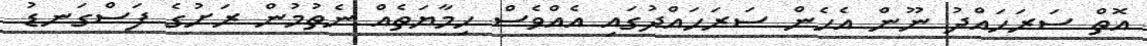
އޮތް ސަރަހައްދު ނޫން އެހެން ސަރަހައްދުގައި އެއްވެސް ހިމާޔަތެއް ނެތުމުން ރަށުގެ ފަސްގަނޑު